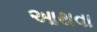
આથવા